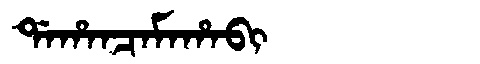
Manchu: ᡩᠠᡥᠠᠨᠴᠠᠮᠠᡥᠠᠪᡳ
Romanization: DAHANCAMAHABI